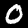
Label: 0